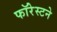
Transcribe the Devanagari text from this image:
फॉरेस्टने